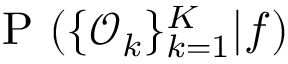
\mathrm { ~ P ~ } ( \{ \mathcal { O } _ { k } \} _ { k = 1 } ^ { K } | f )